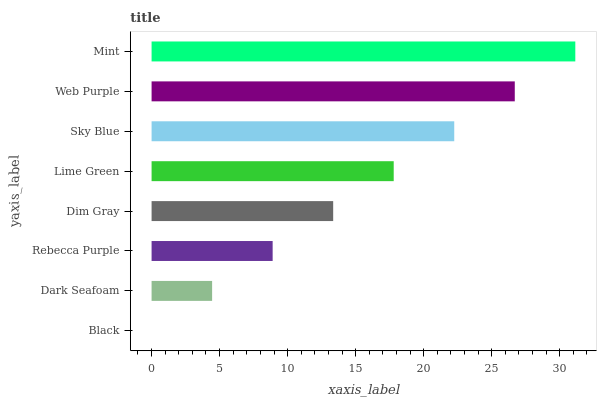
| yaxis_label | bars |
 | --- | --- |
 | Black | 0 |
 | Dark Seafoam | 4.45 |
 | Rebecca Purple | 8.9 |
 | Dim Gray | 13.3 |
 | Lime Green | 17.8 |
 | Sky Blue | 22.2 |
 | Web Purple | 26.7 |
 | Mint | 31.1 |